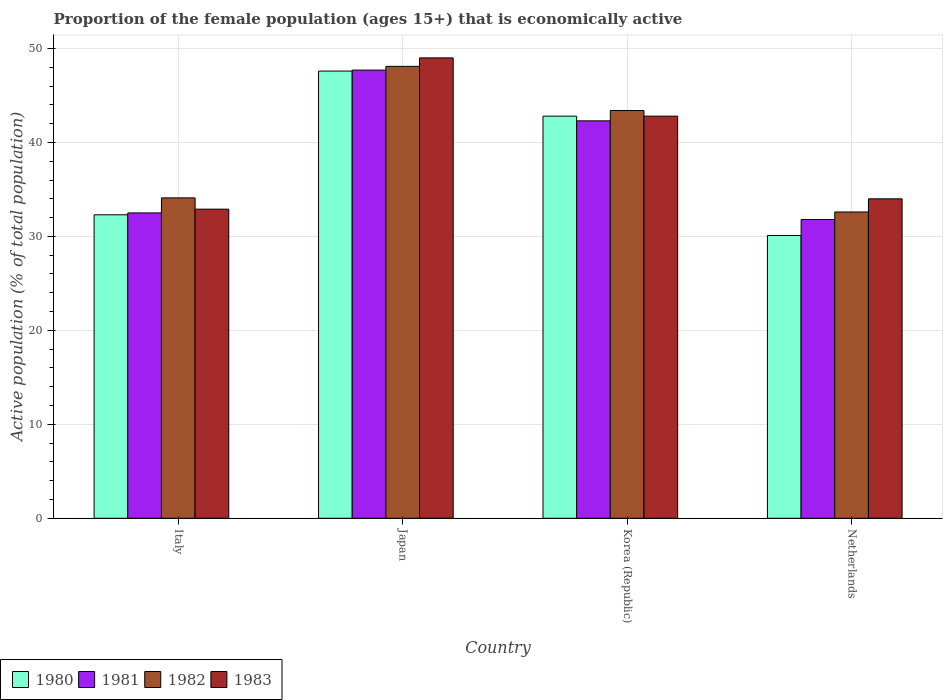
| Country | 1980 | 1981 | 1982 | 1983 |
 | --- | --- | --- | --- | --- |
 | Italy | 32.3 | 32.5 | 34.1 | 32.9 |
 | Japan | 47.6 | 47.7 | 48.1 | 49 |
 | Korea (Republic) | 42.8 | 42.3 | 43.4 | 42.8 |
 | Netherlands | 30.1 | 31.8 | 32.6 | 34 |